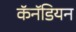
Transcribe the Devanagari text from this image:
कॅनॅडियन